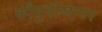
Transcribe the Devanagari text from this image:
कौमुदीजागर